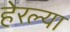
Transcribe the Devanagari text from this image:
हेरल्या